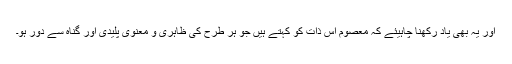
اور یہ بھی یاد رکھنا چاہیئے کہ معصوم اس ذات کو کہتے ہیں جو ہر طرح کی ظاہری و معنوی پلیدی اور گناہ سے دور ہو۔